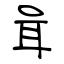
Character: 咠